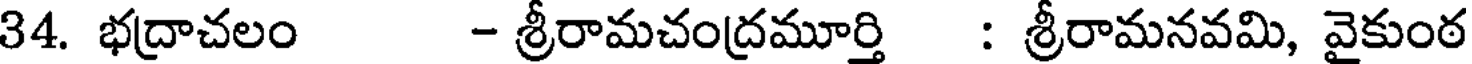
34. భద్రాచలం - శ్రీరామచంద్రమూర్తి : శ్రీరామనవమి, వైకుంఠ